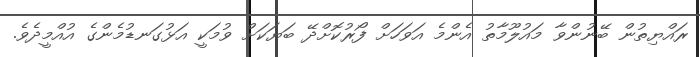
ރައްޔިތުން ބޭނުންވާ މައުލޫމާތު އެންމެ އަވަހަށް ފޯރުކޮށްދޭ ބަޔަކަށް ވުމަކީ އަޅުގަނޑުމެންގެ އުއްމީދެވެ.